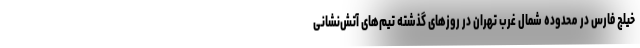
خیلج فارس در محدوده شمال غرب تهران در روزهای گذشته تیم‌های آتش‌نشانی